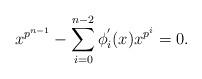
LaTeX: \begin{align*}x^{p^{n-1}}-\sum_{i=0}^{n-2}\phi^{'}_i(x)x^{p^i}=0.\end{align*}